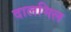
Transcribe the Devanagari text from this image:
दालमिल